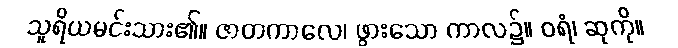
သူရိယမင်းသား၏။ ဇာတကာလေ၊ ဖွားသော ကာလ၌။ ဝရံ၊ ဆုကို။